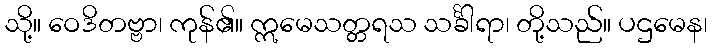
သို့။ ဝေဒိတဗ္ဗာ၊ ကုန်၏။ ဣမေသတ္တရသ သင်္ခါရာ၊ တို့သည်။ ပဌမေန၊